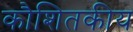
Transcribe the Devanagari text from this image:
कौशितकीय